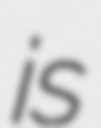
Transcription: is